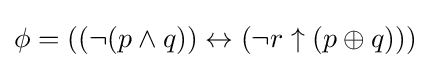
\phi =((\lnot (p\land q))\leftrightarrow (\lnot r\uparrow (p\oplus q)))